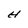
Character: H